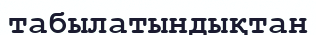
табылатындықтан